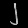
Digit: ၂